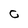
Character: C